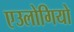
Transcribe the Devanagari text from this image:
एउलोगियो